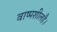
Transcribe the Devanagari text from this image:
वाष्पशीलहै।